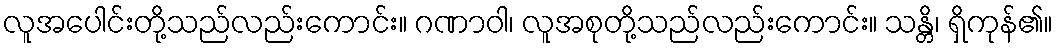
လူအပေါင်းတို့သည်လည်းကောင်း။ ဂဏာဝါ၊ လူအစုတို့သည်လည်းကောင်း။ သန္တိ၊ ရှိကုန်၏။